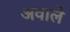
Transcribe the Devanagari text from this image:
अवाले